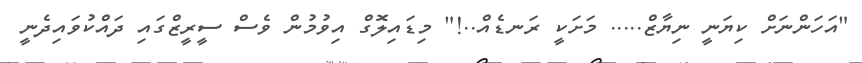
"އަހަންނަށް ކިޔަނީ ނިޔާޒް..... މަށަކީ ރަނޑެއް..!" މިޑައިލޮގް އިވުމުން ވެސް ސީރީޒްގައި ދައްކުވައިދެނީ